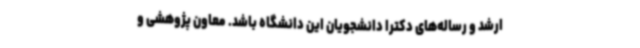
ارشد و رساله‌های دکترا دانشجویان این دانشگاه باشد. معاون پژوهشی و